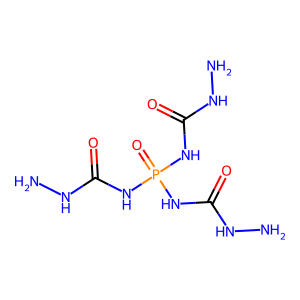
SMILES: NNC(=O)NP(=O)(NC(=O)NN)NC(=O)NN
Inhibits HIV replication: No